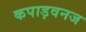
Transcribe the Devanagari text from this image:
कपाड़वनज